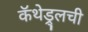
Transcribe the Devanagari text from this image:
कॅथेड्र्लची